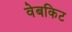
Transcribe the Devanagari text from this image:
वेबकिट